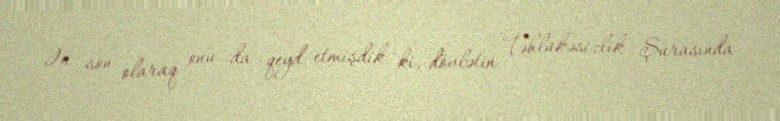
Ən son olaraq onu da qeyd etmişdik ki, dövlətin Təhlükəsizlik Şurasında